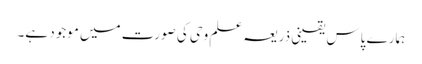
ہمارے پاس یقینی ذریعہ علم وحی کی صورت میں موجود ہے۔